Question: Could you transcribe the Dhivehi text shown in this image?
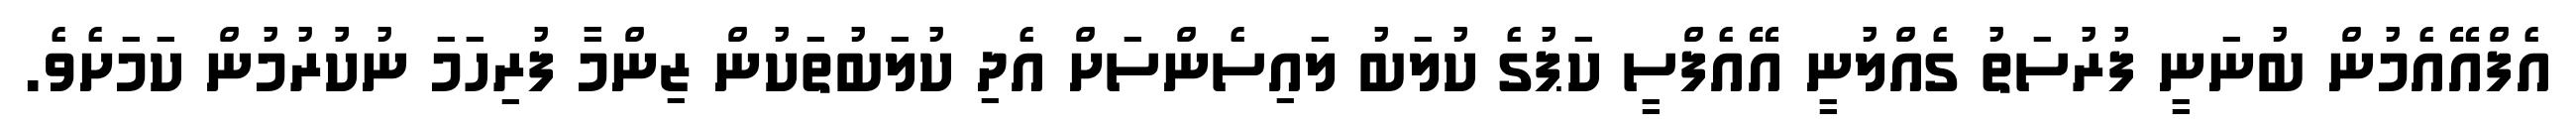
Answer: އެފްއޭއެމުން ބުނަނީ ފުރުސަތު ގެއްލުނީ އޭއެފްސީ ކަޕުގެ ކުލަބު ލައިސެންސަށް އެދި ކުލަބުތަކުން ޒިންމާ ފުރިހަމަ ނުކުުރުމުން ކަމަށެވެ.